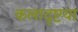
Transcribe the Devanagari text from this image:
कलादृष्टया